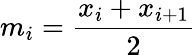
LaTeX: m_{i}=\frac{x_{i}+x_{i+1}}{2}